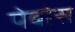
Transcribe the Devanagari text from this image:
पेबोस